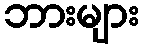
ဘားများ